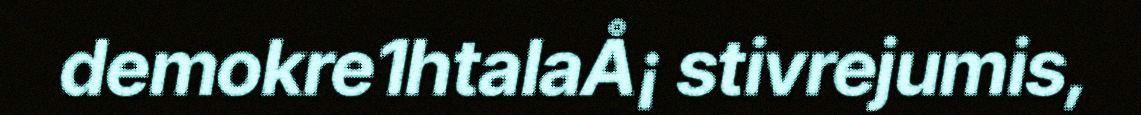
demokre1htalaÅ¡ stivrejumis,